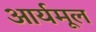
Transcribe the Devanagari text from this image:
आर्यमूल